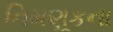
નિમણૂકના